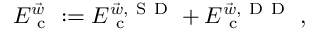
\begin{array} { r } { E _ { \mathrm { ~ c ~ } } ^ { \vec { w } } : = E _ { \mathrm { ~ c ~ } } ^ { \vec { w } , { \mathrm { ~ S ~ D ~ } } } + E _ { \mathrm { ~ c ~ } } ^ { \vec { w } , { \mathrm { ~ D ~ D ~ } } } \; , } \end{array}